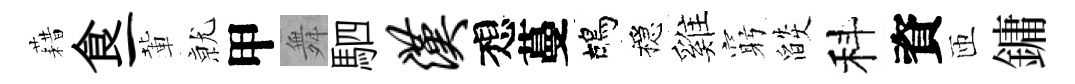
藉食一輩𭕒甲舞駟汉想蔓鴣穩雞窮燄科資匝鏞